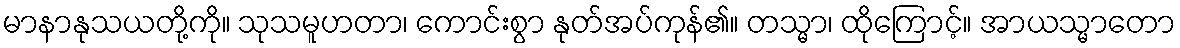
မာနာနုသယတို့ကို။ သုသမူဟတာ၊ ကောင်းစွာ နုတ်အပ်ကုန်၏။ တသ္မာ၊ ထိုကြောင့်။ အာယသ္မာတော